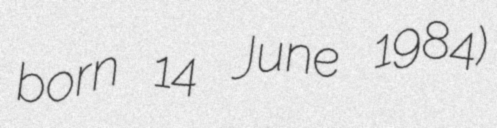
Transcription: born 14 June 1984)